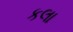
કલા